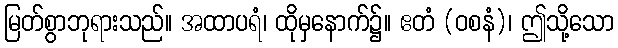
မြတ်စွာဘုရားသည်။ အထာပရံ၊ ထိုမှနောက်၌။ ဧတံ (ဝစနံ)၊ ဤသို့သော